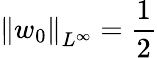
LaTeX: \left\| w_{0}\right\| _{L^{\infty}}=\frac{1}{2}